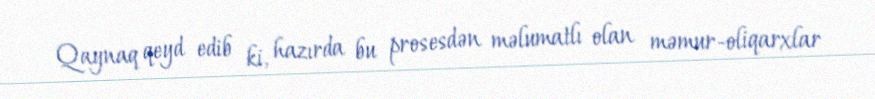
Qaynaq qeyd edib ki, hazırda bu prosesdən məlumatlı olan məmur-oliqarxlar